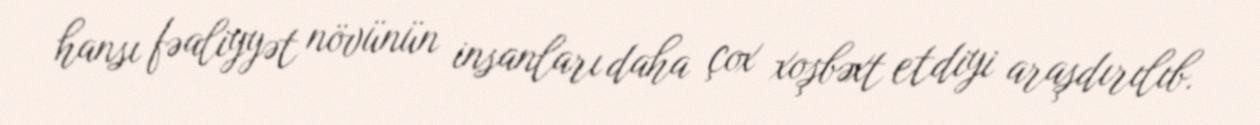
hansı fəaliyyət növünün insanları daha çox xoşbəxt etdiyi araşdırılıb.